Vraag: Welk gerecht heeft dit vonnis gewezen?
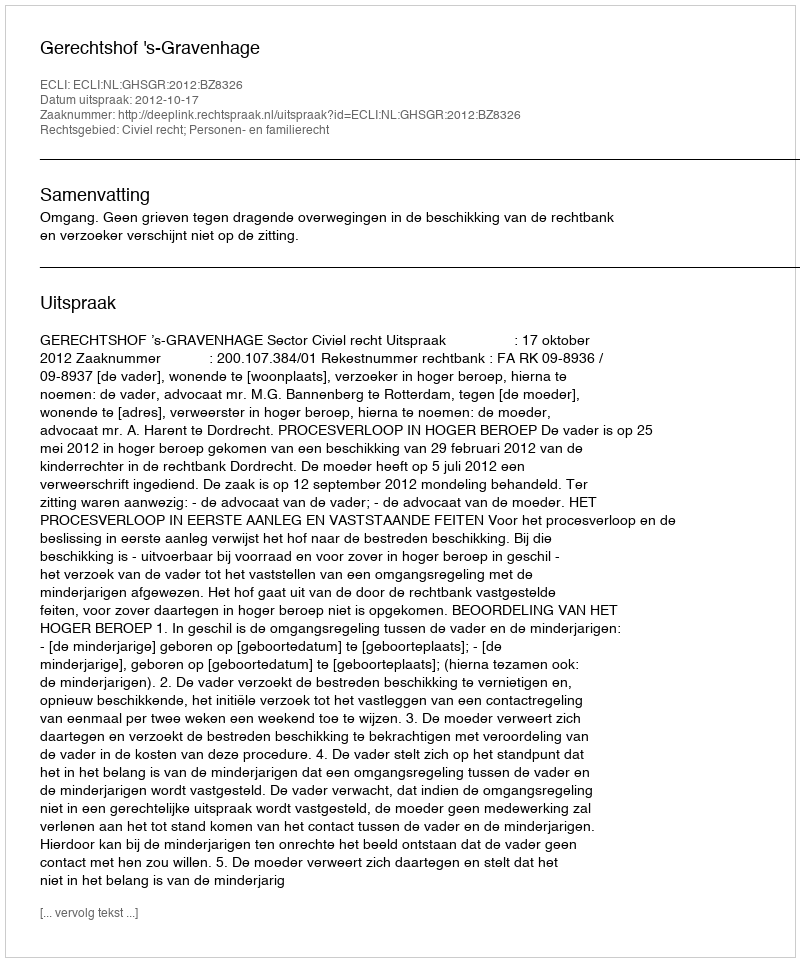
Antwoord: Gerechtshof 's-Gravenhage